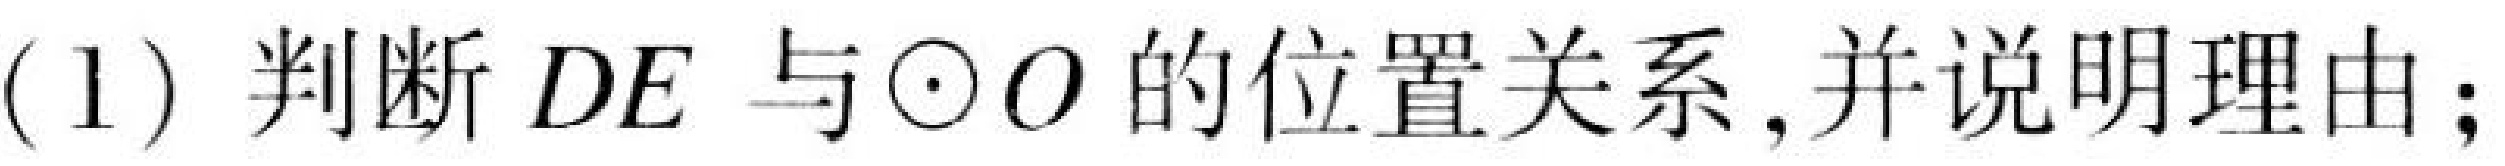
(1) 判断\(DE\)与\(\odot O\)的位置关系,并说明理由;